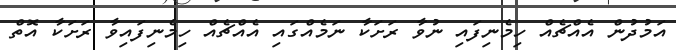
އަމުދުން އެއްޗެއް ހިމެނިފައި ނުވާ ރަށަކާ ނަމެއްގައި އެއްޗެއް ހިމެނިފައިވާ ރަށަކާ އޮތް